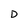
Character: D